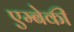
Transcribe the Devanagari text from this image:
एम्बेकी